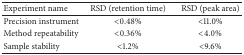
| Experiment name | RSD (retention time) | RSD (peak area) |
 | --- | --- | --- |
 | Precision instrument | <0.48% | <11.0% |
 | Method repeatability | <0.36% | <4.0% |
 | Sample stability | <1.2% | <9.6% |